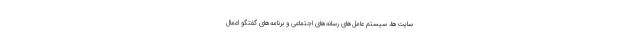
سایت‌ها، سیستم عامل‌های رسانه‌های اجتماعی و برنامه‌های گفتگو اعمال